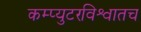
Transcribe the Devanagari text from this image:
कम्प्युटरविश्वातच